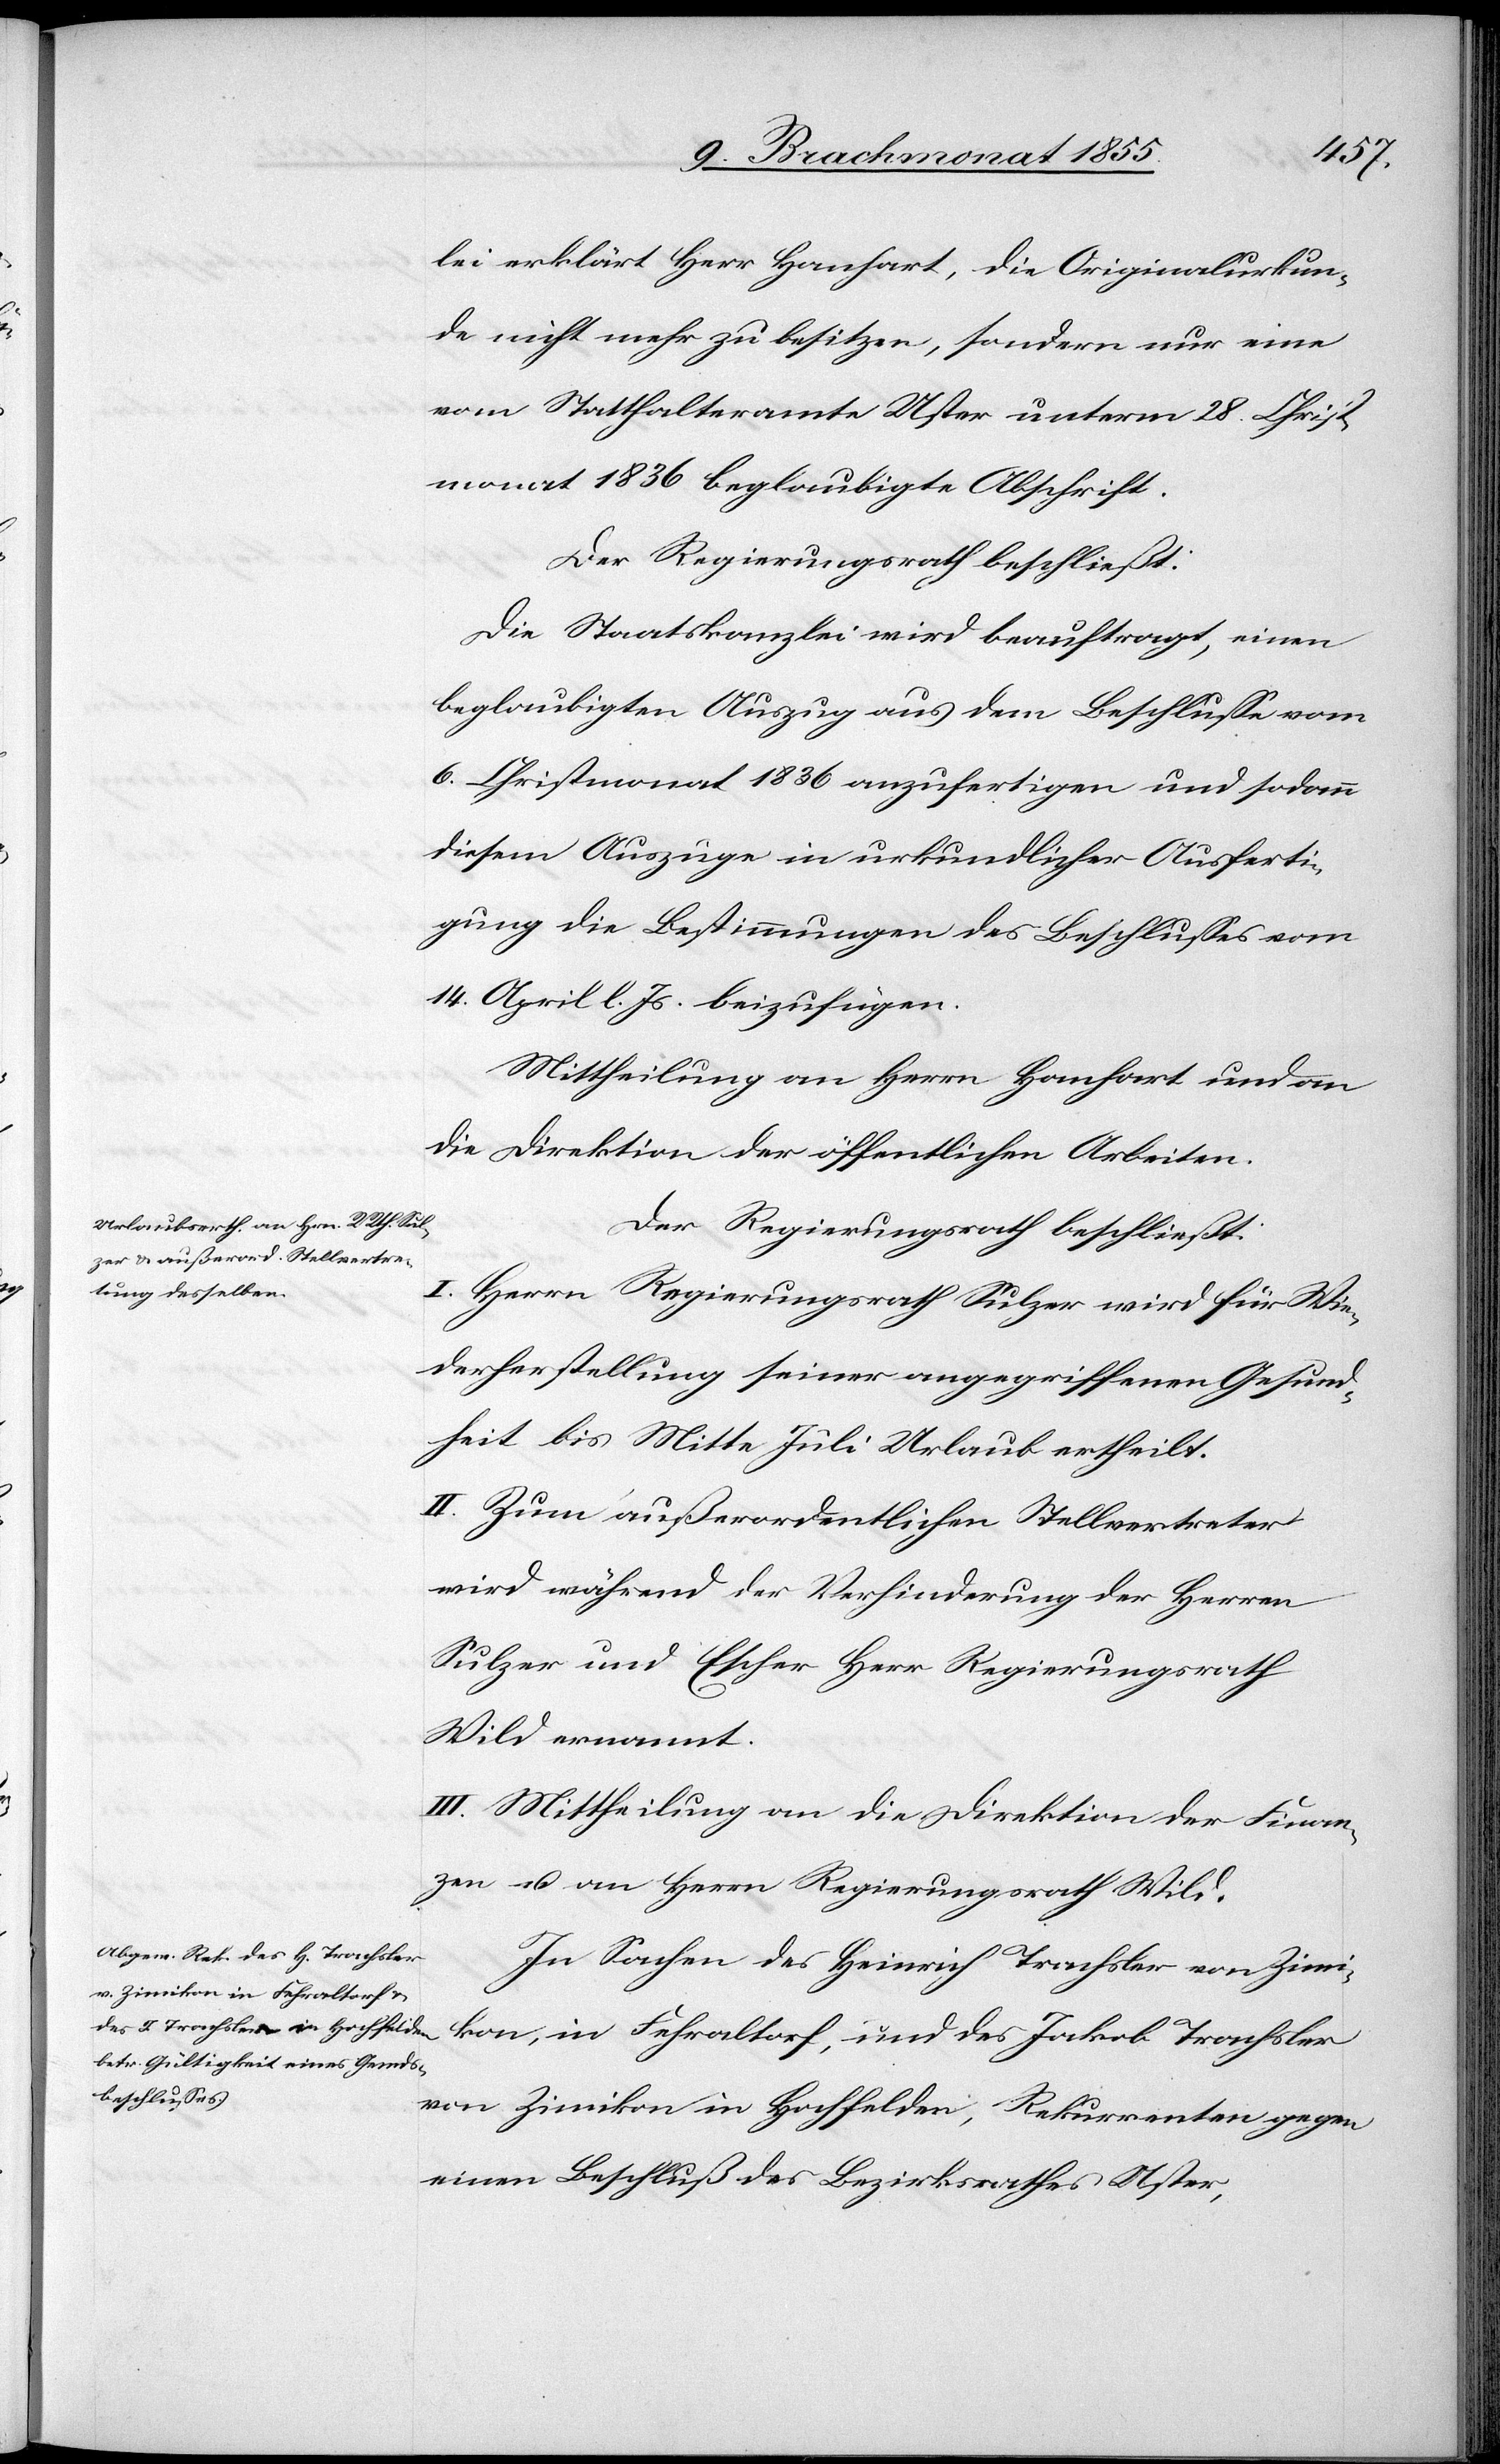
lei erklärt Herr Hanhart, die Originalurkun¬
de nicht mehr zu besitzen, sondern nur eine
vom Statthalteramte Uster unterm 28. Christ¬
monat 1836 beglaubigte Abschrift.
Der Regierungsrath beschließt:
Die Staatskanzlei wird beauftragt, einen
beglaubigten Auszug aus dem Beschlusse vom
6. Christmonat 1836 anzufertigen und sodann
diesem Auszuge in urkundlicher Ausferti¬
gung die Bestimmungen des Beschlusses vom
14. April l. Js. beizufügen.
Mittheilung an Herrn Hanhart und an
die Direktion der öffentlichen Arbeiten.
Der Regierungsrath beschließt:
I. Herrn Regierungsrath Sulzer wird für Wie¬
derherstellung seiner angegriffenen Gesund¬
heit bis Mitte Juli Urlaub ertheilt.
II. Zum außerordentlichen Stellvertreter
wird während der Verhinderung der Herren
Sulzer und Escher Herr Regierungsrath
Wild ernannt.
III. Mittheilung an die Direktion der Finan¬
zen u. an Herrn Regierungsrath Wild.
In Sachen des Heinrich Trachsler von Zimi¬
kon, in Fehraltorf, und des Jakob Trachsler
von Zimikon in Hochfelden, Rekurrenten gegen
einen Beschluß des Bezirksrathes Uster,